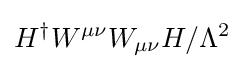
H^{\dagger }W^{\mu \nu }W_{\mu \nu }H/\Lambda ^{2}